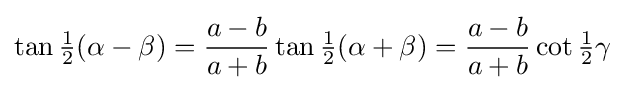
\tan {\tfrac {1}{2}}(\alpha -\beta )={\frac {a-b}{a+b}}\tan {\tfrac {1}{2}}(\alpha +\beta )={\frac {a-b}{a+b}}\cot {\tfrac {1}{2}}\gamma